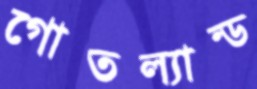
গোতল্যান্ড